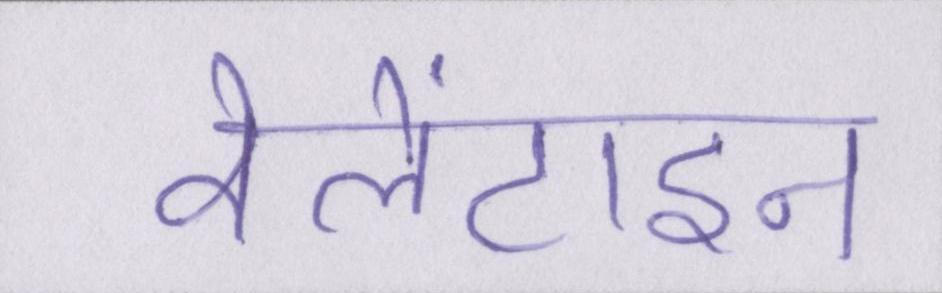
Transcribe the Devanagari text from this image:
वेलेंटाइन